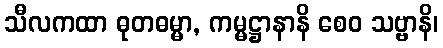
သီလကထာ ဓုတဓမ္မာ, ကမ္မဋ္ဌာနာနိ စေဝ သဗ္ဗာနိ၊